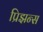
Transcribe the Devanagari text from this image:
प्रिझन्स